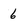
Character: 6